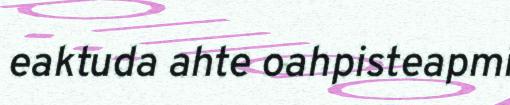
eaktuda ahte oahpisteapmi